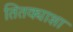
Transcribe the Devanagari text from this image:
तितक्याशा